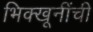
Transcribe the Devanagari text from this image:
भिक्खूनींची